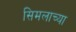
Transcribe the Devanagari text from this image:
सिमलाच्या